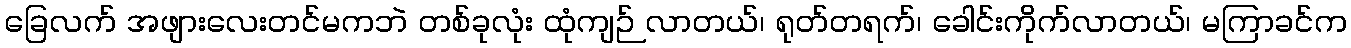
ခြေလက် အဖျားလေးတင်မကဘဲ တစ်ခုလုံး ထုံကျဉ် လာတယ်၊ ရုတ်တရက်၊ ခေါင်းကိုက်လာတယ်၊ မကြာခင်က